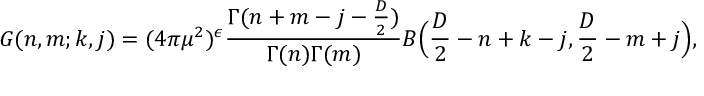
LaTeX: G ( n , m ; k , j ) = ( 4 \pi \mu ^ { 2 } ) ^ { \epsilon } \frac { \Gamma ( n + m - j - { \frac { D } { 2 } } ) } { \Gamma ( n ) \Gamma ( m ) } B \Big ( \frac { D } { 2 } - n + k - j , \frac { D } { 2 } - m + j \Big ) ,